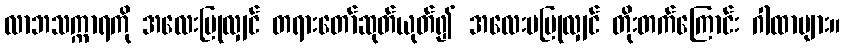
လာဘသက္ကာရကို အလေးပြုလျှင် တရားတော်ဆုတ်ယုတ်၍ အလေးမပြုလျှင် တိုးတက်ကြောင်း ဂါထာများ။